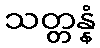
သတ္တန္နံ